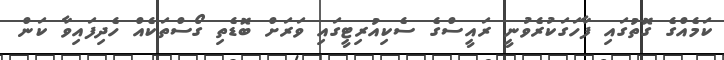
ކަމެެއްގެ ގޮތުގައި ފާހަގަކުރެވުނީ ރައީސްގެ ސެކިއުރިޓީގައި ވަރަށް ބޮޑެތި ގޯސްތަކެއް ހެދިފައިވާ ކަން